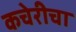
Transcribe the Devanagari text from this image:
कचेरीचा